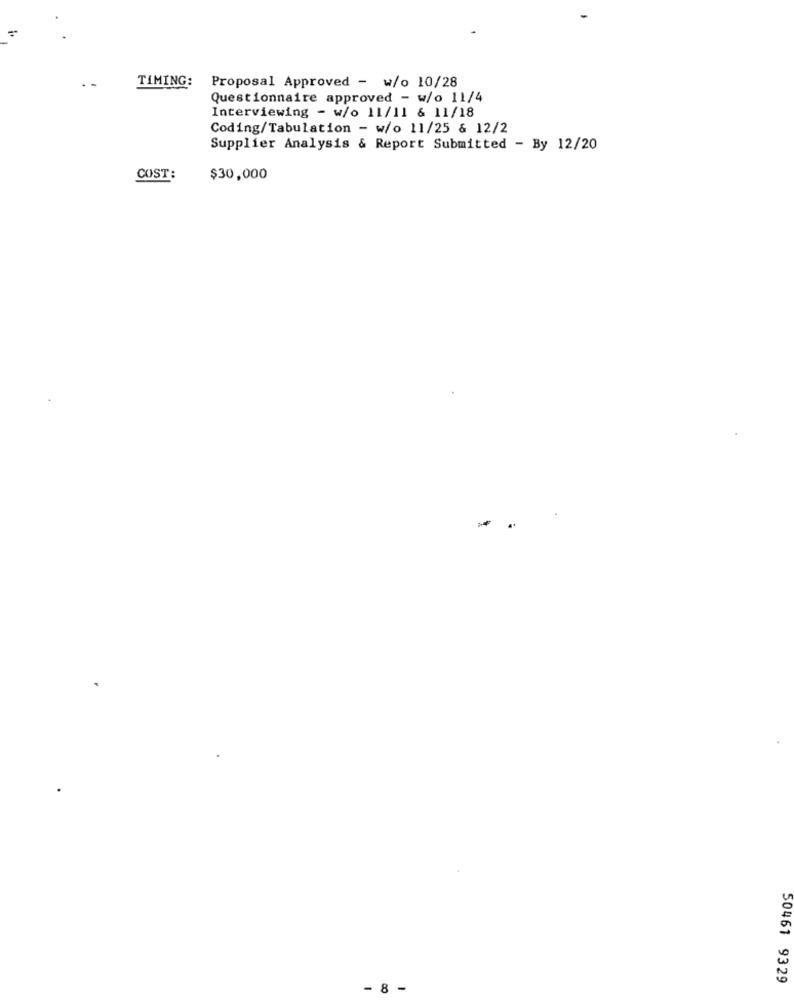
TIMING:
Proposal Approved - w/o 10/28
Questionnaire approved - w/o 11/4
Interviewing - w/o 11/11 & 11/18
Coding/Tabulation - w/o 11/25 & 12/2
Supplier Analysis & Report Submitted - By 12/20
COST:
$30,000
50461 9329
8
-